Lunatic asylums Madras 1877-1891 - 1877-1891
Year: 1877
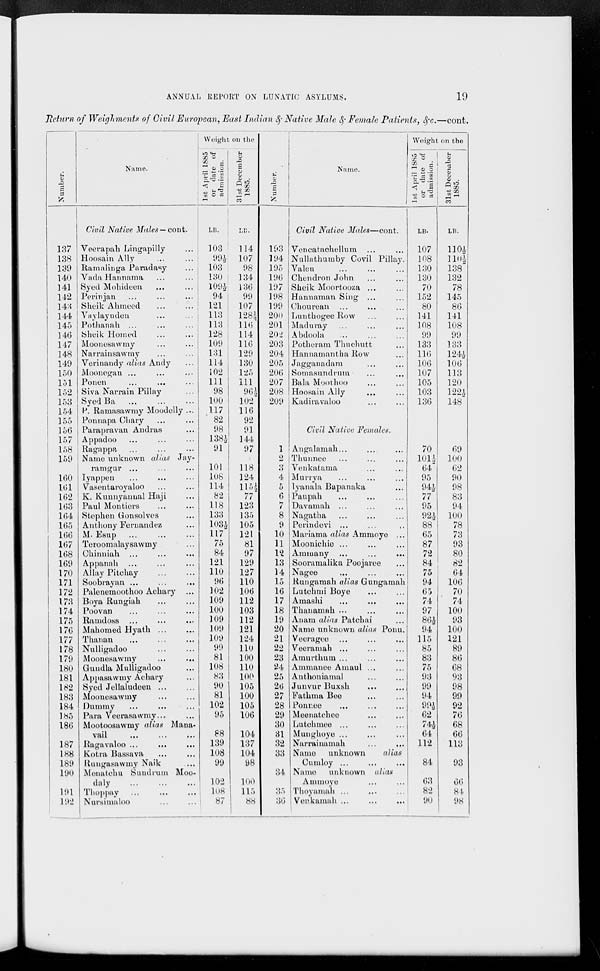
ANNUAL REPORT ON LUNATIC ASYLUMS.
19
Return of Weighments of Civil European, East Indian & Native Male & Female Patients, &c.—cont.
Number.
137
138
139
140
141
142
143
144
145
146
147
148
149
150
151
152
153
154
155
156
157
158
159
160
161
162
163
164
165
166
167
168
169
170
171
172
173
174
175
176
177
178
179
180
181
182
183
184
185
186
187
188
189
190
191
192
Name.
Civil Native Males — cont.
Veerapah Lingapilly ...
Hoosain Ally ... ...
Ramalinga Paradasy ...
Vada Hannama ... ...
Syed Mohideen ... ...
Perinjan ... ... ...
Sheik Ahmeed ... ...
Vaylayuden ... ...
Pothanah ... ... ...
Sheik Homed ... ...
Moonesawmy ... ...
Narrainsawmy ... ...
Verinandy alias Andy ...
Moonegan ... ... ...
Ponen ... ... ...
Siva Narrain Pillay ...
Syed Ba ... ... ...
P. Ramasawmy Moodelly ...
Ponnapa Chary ... ...
Parapravan Andras ...
Appadoo ... ... ...
Ragappa ... ... ...
Name unknown alias Jay-
ramgur ... ... ...
Iyappen ... ... ...
Vasentaroyaloo ... ...
K. Kunnyannal Haji ...
Paul Montiers ... ...
Stephen Gonsolves ...
Anthony Fernandez ...
M. Esup ... ... ...
Teroomalaysawmy ...
Chinniah ... ... ...
Appanah ... ... ...
Allay Pitchay ... ...
Soobrayan ... ... ...
Palenemoothoo Achary ...
Boya Rungiah ... ...
Poovan ... ... ...
Ramdoss ... ... ...
Mahomed Hyath ... ...
Thanan ... ... ...
Nulligadoo ... ...
Moonesawmy ... ...
Gundla Mulligadoo ...
Appasawmy Achary ...
Syed Jellaludeen ... ...
Moonesawmy ... ...
Dummy ... ... ...
Para Veerasawmy ... ...
Mootoosawmy alias Mana-
vail
...
...
...
Ragavaloo ...
...
...
Kotra Bassava ... ...
Rungasawmy Naik ...
Menatchu Sundrum Moo-
daly ... ... ...
Thoppay ... ... ...
Nursimaloo ... ...
Weight on the
1st April 1885
or date of
admission.
LB.
103
99½
103
130
109½
94
121
113
113
128
109
131
114
102
111
98
100
117
82
98
138½
91
101
108
114
82
118
133
103½
117
75
84
121
110
96
102
109
100
109
109
109
99
81
108
83
90
81
102
95
88
139
108
99
102
108
87
31st December
1885.
LB.
114
107
98
134
136
99
107
128½
116
114
116
129
130
125
111
96½
102
116
92
91
144
97
118
124
115½
77
123
135
105
121
81
97
129
127
110
106
112
103
112
121
124
110
100
110
100
105
100
105
106
104
137
104
98
100
115
88
Number.
193
194
195
196
197
198
199
200
201
202
203
204
205
206
207
208
209
1
2
3
4
5
6
7
8
9
10
11
12
13
14
15
16
17
18
19
20
21
22
23
24
25
26
27
28
29
30
31
32
33
34
35
36
Name.
Civil Native Males—cont.
Vencatachellum ... ...
Nullathumby Covil Pillay.
Valen ... ... ...
Chendron John ... ...
Sheik Moortooza ... ...
Hannaman Sing ... ...
Chourean ... ... ...
Lunthogee Row ... ...
Maduray ... ... ...
Abdoola ... ... ...
Potheram Thuchutt ...
Hannamantha Row ...
Jagganadam ... ...
Somasundrum ... ...
Bala Moothoo ... ...
Hoosain Ally ... ...
Kadiravaloo ... ...
Civil Native Females.
Angalamah ... ... ...
Thunnee ... ... ...
Venkatama ... ...
Murrya ... ... ...
Iyanala Bapanaka ...
Paupah ... ... ...
Davamah ... ... ...
Nagatha ... ... ...
Perindevi ... ... ...
Mariama alias Ammoye ...
Moonichie ... ... ...
Ammany ...
...
...
Sooramalika Poojaree ...
Nagee ... ... ...
Rungamah alias Gungamah
Lutchmi Boye ... ...
Amashi
...
...
...
Thanamah ... ... ...
Anam alias Patchai ...
Name unknown alias Ponu.
Veeragee ... ... ...
Veeramah ... ... ...
Amurthum ... ... ...
Ammanee Amaul ... ...
Anthoniamal ... ...
Junvur Buxsh ... ...
Fathma Bee ... ...
Ponnee ... ... ...
Meenatchee ... ...
Lutchmee ... ... ...
Munghoye ... ... ...
Narrainamah ... ...
Name unknown
alias
Cumloy ... ... ...
Name unknown alias
Ammoye ... ...
Thoyamah ... ... ...
Venkamah ...
...
...
Weight on the
1st April 1885
or date of
admission.
LB.
107
108
130
130
70
152
80
141
108
99
133
116
106
107
105
103
136
70
101½
64
95
94½
77
95
92½
88
65
87
72
84
75
94
65
74
97
86½
94
115
85
83
75
93
99
94
99½
62
74½
64
112
84
63
82
90
31st December
1885.
LB.
110½
110½ 138
132
78
145
86
141
108
99
133
124½
106
113
120
122½
148
69
100
62
90
98
83
94
100
78
73
93
80
82
64
106
70
74
100
93
100
121
89
86
68
93
98
99
92
76
68
66
113
93
66
84
98